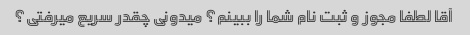
آقا لطفا مجوز و ثبت نام شما را ببینم؟ میدونی چقدر سریع میرفتی؟